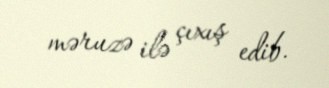
məruzə ilə çıxış edib.